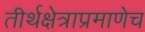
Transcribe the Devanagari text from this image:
तीर्थक्षेत्राप्रमाणेच